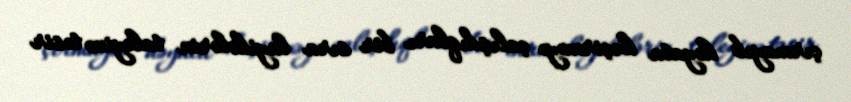
çırmayıb həyata keçirməyə çalışdıqları bir sıra layihələrin taleyinə təsir